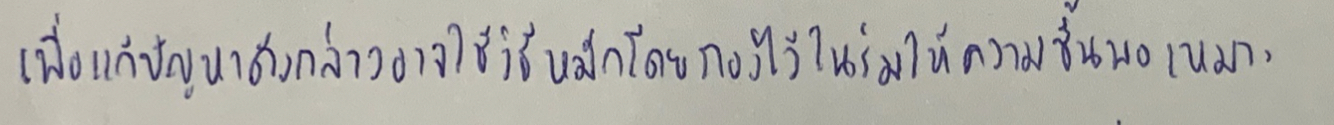
เพื่อแก้ปัญหาดังกล่าวอาจใช้วิธีหมักโดยกองไว้ในร่มให้ความชื้นพอเหมาะ